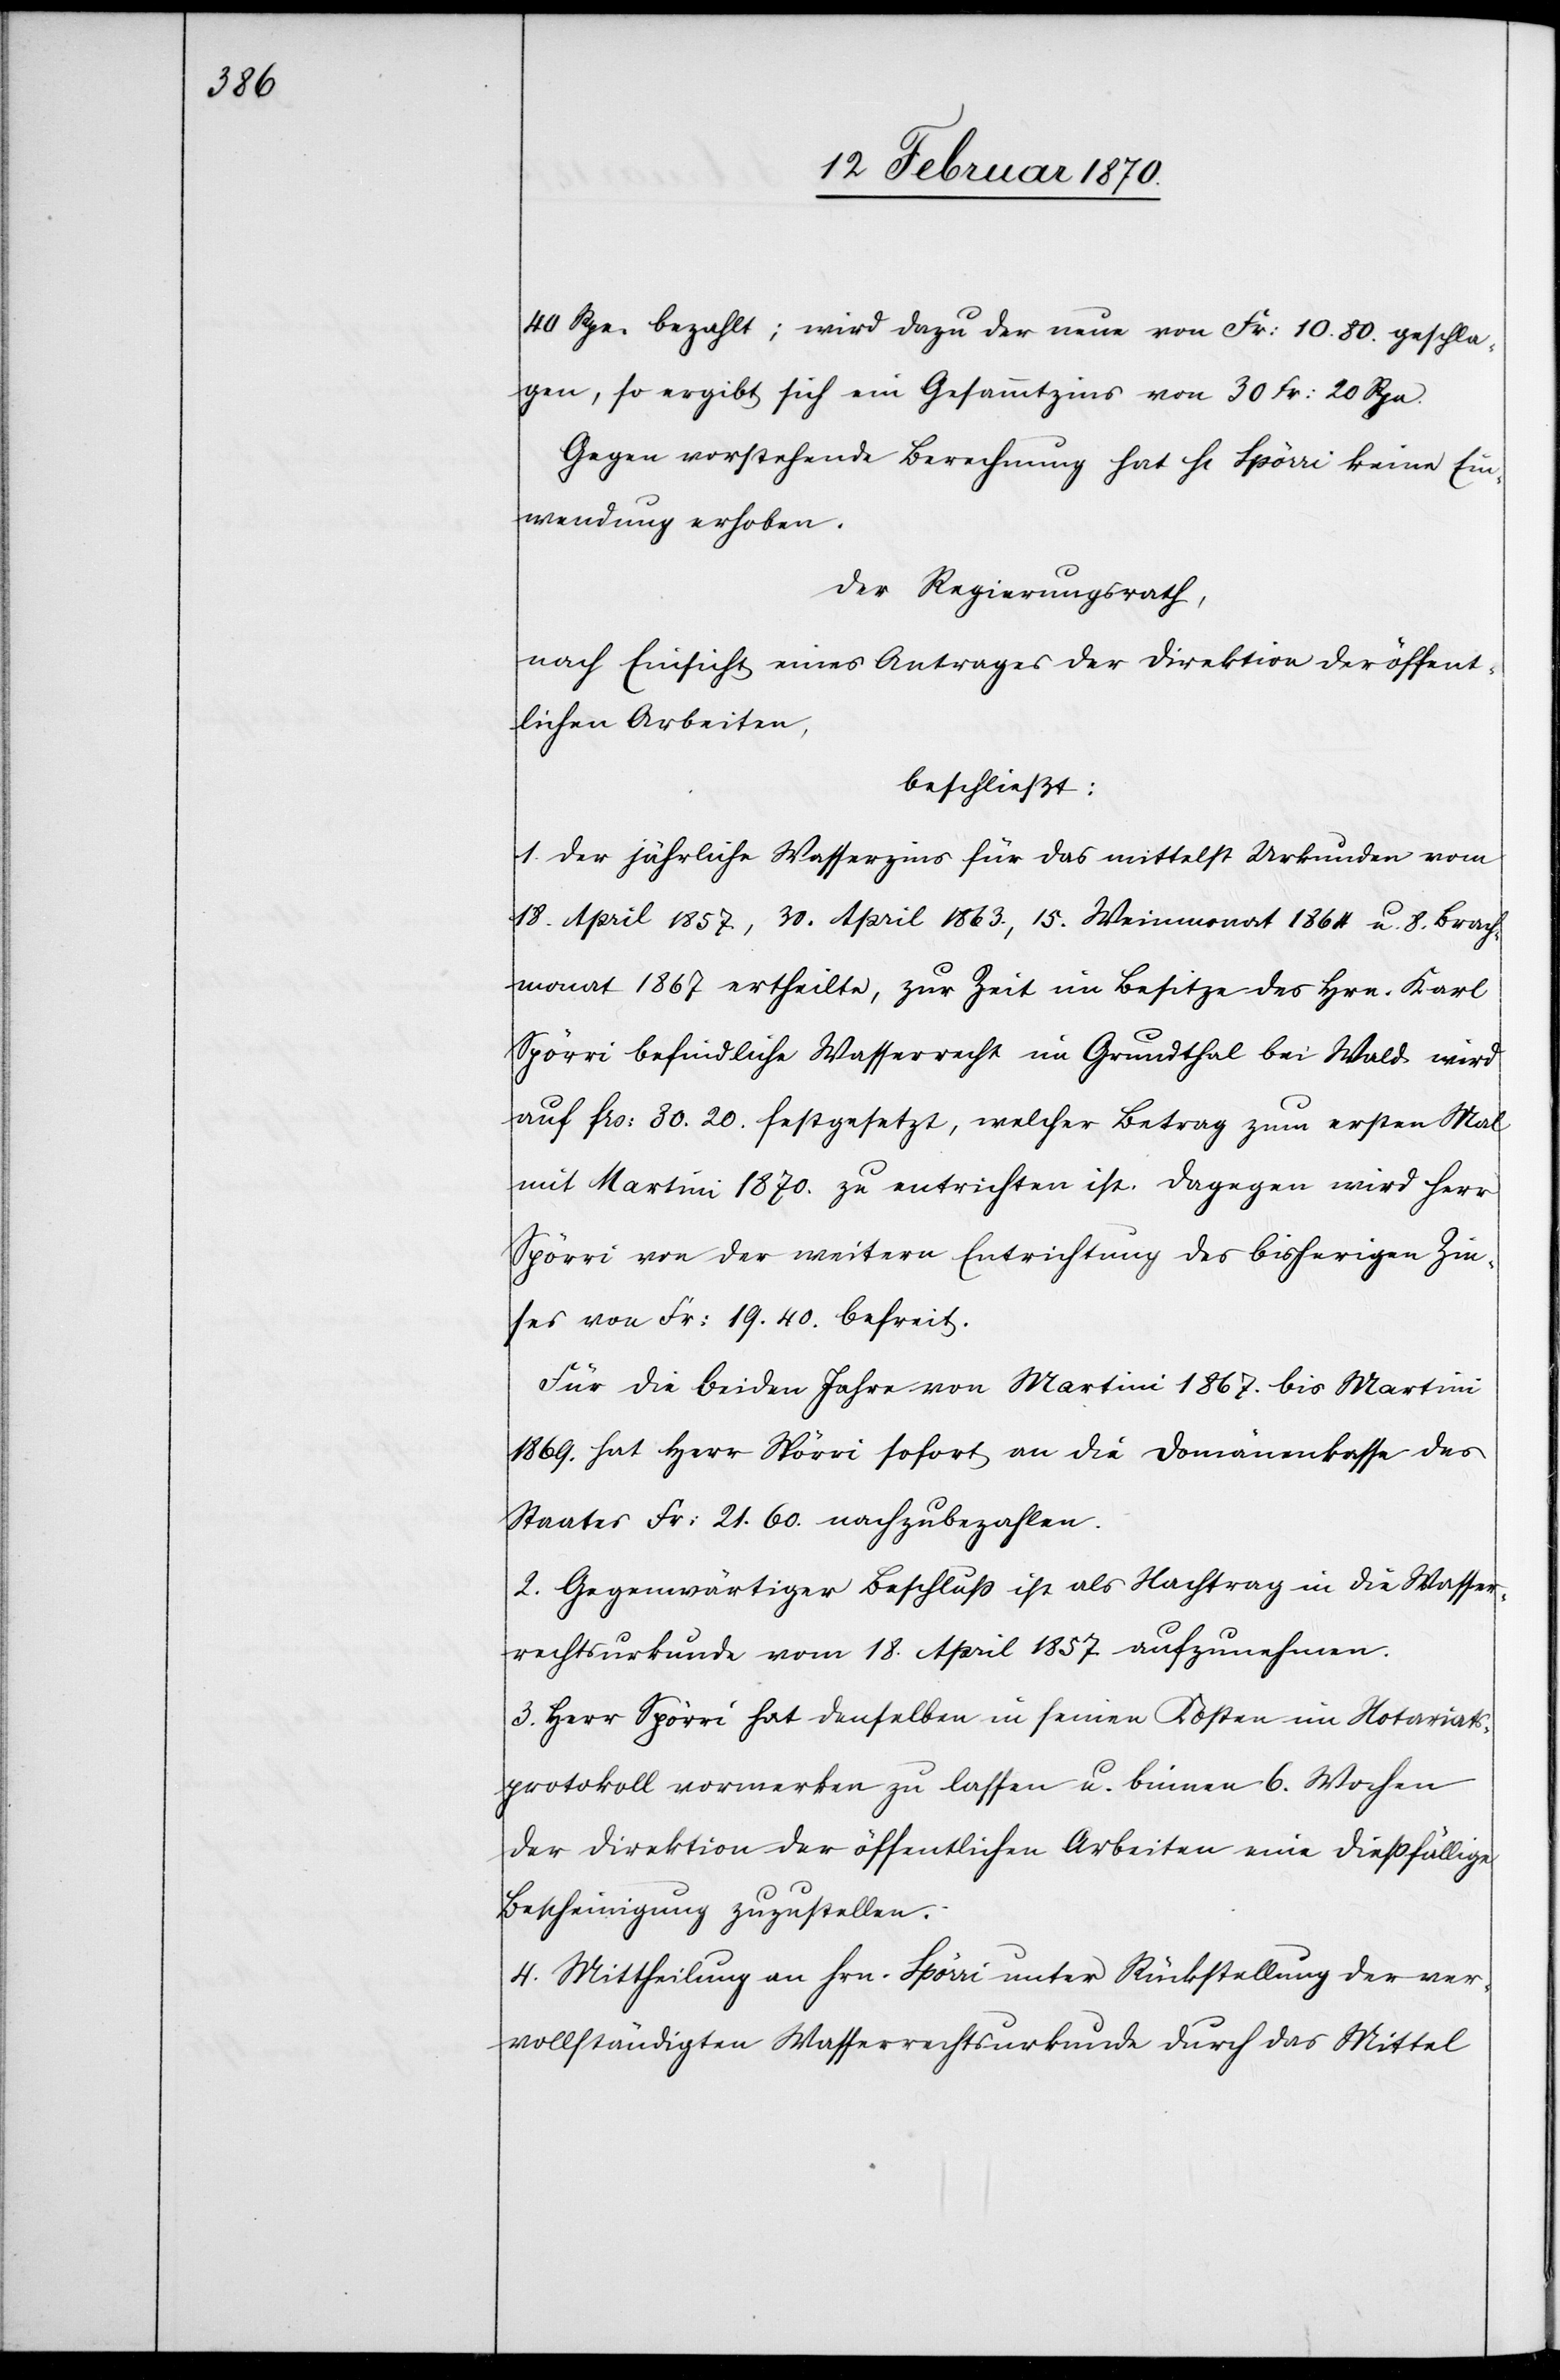
40 Rpn. bezahlt; wird dazu der neue von Fr: 10.80. geschla¬
gen, so ergibt sich ein Gesammtzins von 30 Fr: 20 Rpn.
Gegen vorstehende Berechnung hat H[err] Spörri keine Ein¬
wendung erhoben.
Der Regierungsrath,
nach Einsicht eines Antrages der Direktion der öffent¬
lichen Arbeiten,
beschließt:
1. Der jährliche Wasserzins für das mittelst Urkunden vom
18. April 1857., 30. April 1863., 15. Weinmonat 1864 u. 8. Brach¬
monat 1867 ertheilte, zur Zeit im Besitze des Hrn. Karl
Spörri befindliche Wasserrecht im Grundthal bei Wald wird
auf frs: 30.20 festgesetzt, welcher Betrag zum ersten Mal
mit Martini 1870. zu entrichten ist. Dagegen wird Herr
Spörri von der weitern Entrichtung des bisherigen Zin¬
ses von Fr: 19.40. befreit.
Für die beiden Jahre von Martini 1867. bis Martini
1869. hat Herr Spörri sofort an die Domänenkasse des
Staates Fr: 21.60. nachzubezahlen.
2. Gegenwärtiger Beschluss ist als Nachtrag in die Wasser¬
rechtsurkunde vom 18. April 1857. aufzunehmen.
3. Herr Spörri hat denselben in seinen Kosten im Notariats¬
protokoll vormerken zu lassen u. binnen 6. Wochen
der Direktion der öffentlichen Arbeiten eine diessfällige
Bescheinigung zuzustellen.
4. Mittheilung an Hrn. Spörri unter Rückstellung der ver¬
vollständigten Wasserrechtsurkunde durch das Mittel